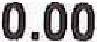
0.00